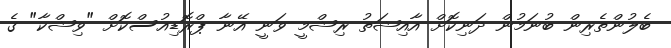
ބެލުންތެރިން ބުނަމުން ދަނިކޮށް އާއިޝަތު ރިޝްމީ ވަނީ އޭނާ ޕްރޮޑިއުސްކޮށް "ވިޝްކާ" ގެ